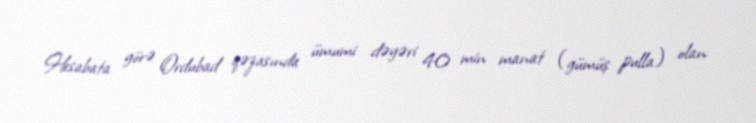
Hesabata görə Ordubad qəzasında ümumi dəyəri 40 min manat (gümüş pulla) olan